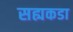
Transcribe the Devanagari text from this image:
सह्यकडा